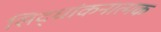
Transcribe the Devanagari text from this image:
सिद्धांकनात्मक